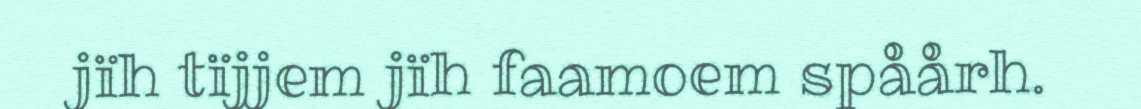
jïh tïjjem jïh faamoem spåårh.